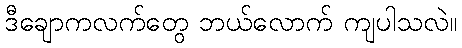
ဒီချောကလက်တွေ ဘယ်လောက် ကျပါသလဲ။